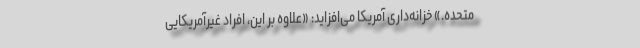
متحده.» خزانه‌داری آمریکا می‌افزاید: «علاوه بر این، افراد غیرآمریکایی